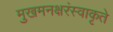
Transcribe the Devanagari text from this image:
मुखमनक्षरंस्वाकृते